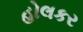
હોલકર